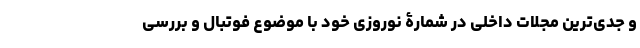
و جدی‌ترین مجلات داخلی در شمارۀ نوروزی خود با موضوع فوتبال و بررسی